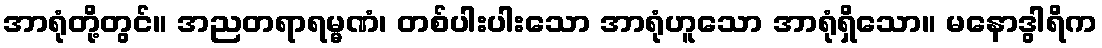
အာရုံတို့တွင်။ အညတရာရမ္မဏံ၊ တစ်ပါးပါးသော အာရုံဟူသော အာရုံရှိသော။ မနောဒွါရိက